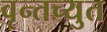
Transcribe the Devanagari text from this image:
वृन्तच्युत